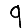
Digit: 9